Senior Leaving Certificate Examination (including Day School Certificate (Higher) General paper), 1950
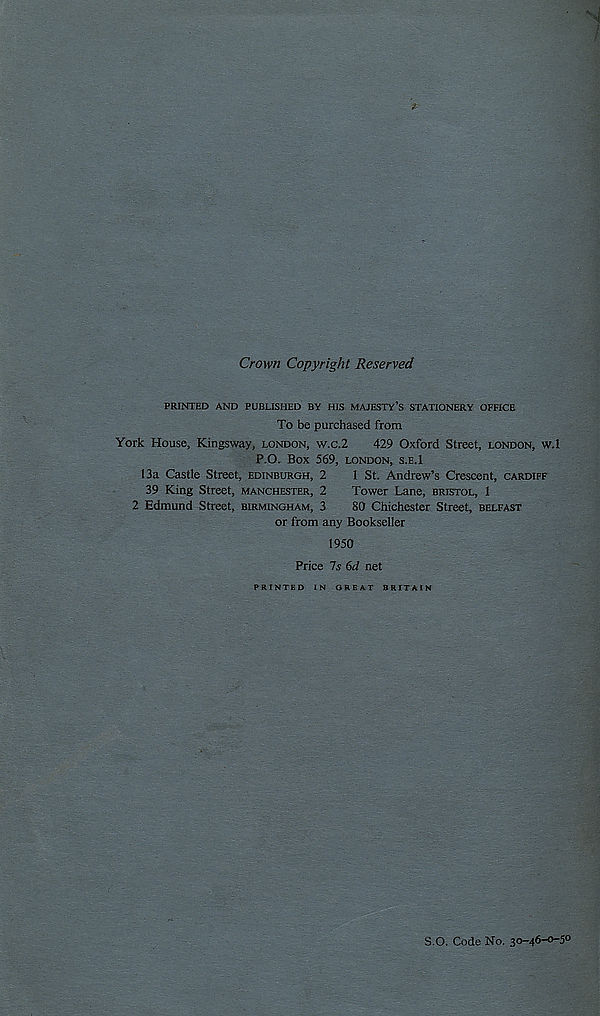
Crown Copyright Reserved
PRINTED AND PUBLISHED BY HIS MAJESTY’S STATIONERY OFFICE
To be purchased from
York House, Kingsway, London, w.c.2
429 Oxford Street, London, w.I
P.O. Box 569, LONDON, S.E.l
13a Castle Street, Edinburgh, 2
1 St. Andrew’s Crescent, Cardiff
39 King Street, Manchester, 2
Tower Lane, Bristol, 1
2 Edmund Street, Birmingham, 3
80 Chichester Street, Belfast
or from any Bookseller
1950
Price Is 6d net
PRINTED IN GREAT BRITAIN
S.O. Code No. 30-46-0-5°